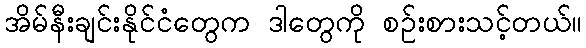
အိမ်နီးချင်းနိုင်ငံတွေက ဒါတွေကို စဉ်းစားသင့်တယ်။